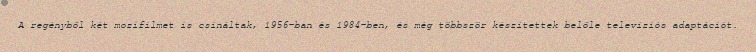
A regényből két mozifilmet is csináltak, 1956-ban és 1984-ben, és még többször készítettek belőle televíziós adaptációt.